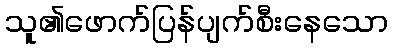
သူ၏ဖောက်ပြန်ပျက်စီးနေသော